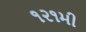
૧૨૧મી